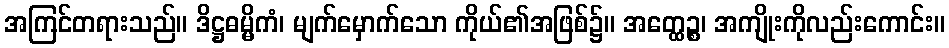
အကြင်တရားသည်။ ဒိဋ္ဌဓမ္မိကံ၊ မျက်မှောက်သော ကိုယ်၏အဖြစ်၌။ အတ္ထေဉ္စ၊ အကျိုးကိုလည်းကောင်း။